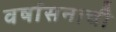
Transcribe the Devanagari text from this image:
वर्षासनाची